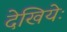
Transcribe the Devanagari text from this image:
देखियेः